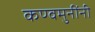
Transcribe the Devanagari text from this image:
कण्वमुनींनी